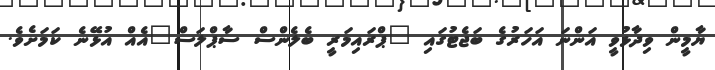
ޔާމީން ވިދާޅުވީ އަންނަ އަހަރުގެ ބަޖެޓުގައި "ޕްރައިމަރީ ބެލެންސް ސާޕްލަސް"އެއް އުޅޭނެ ކަމަށެވެ.